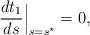
LaTeX: \begin{align*}\frac{d t_1}{ds} \Big |_{s = s^\star} = 0,\end{align*}